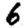
Digit: 6